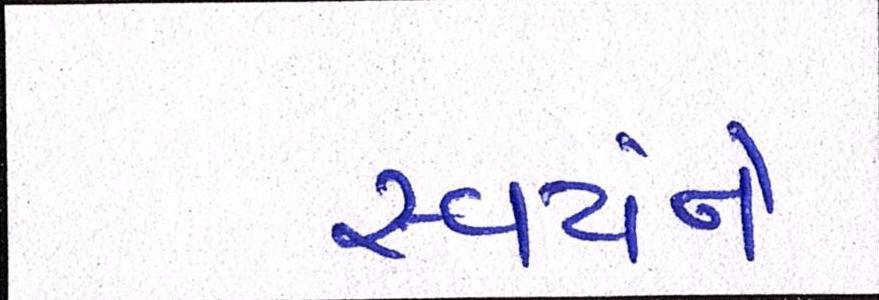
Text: સ્વયંને